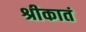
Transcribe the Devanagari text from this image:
श्रीकातं